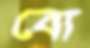
বো